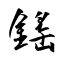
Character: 鎐